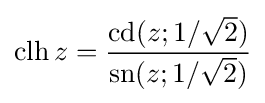
\operatorname {clh} z={\frac {\operatorname {cd} (z;1/{\sqrt {2}})}{\operatorname {sn} (z;1/{\sqrt {2}})}}